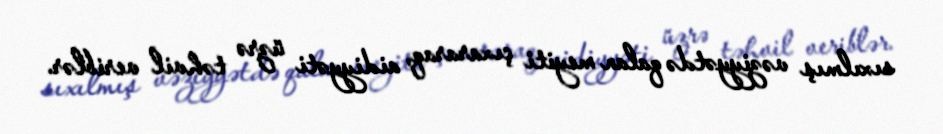
sıxılmış vəziyyətdə qalan meyiti çıxararaq, aidiyyəti üzrə təhvil veriblər.